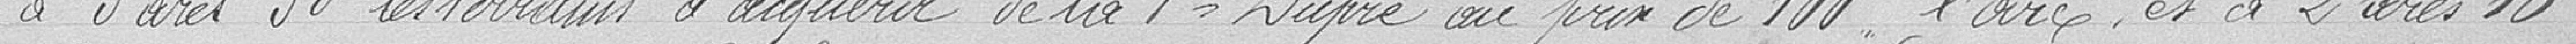
à 3 ares 38 les terrains à acquérir de la veuve DUPRE au prix de 100 francs l'are et à 2 ares 16